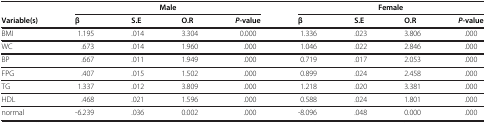
<table><thead><tr><td><b> </b></td><td colspan="4"><b>Male</b></td><td colspan="4"><b>Female</b></td></tr><tr><td><b>Variable(s)</b></td><td><b>β</b></td><td><b>S.E</b></td><td><b>O.R</b></td><td><b><i>P</i>-value</b></td><td><b>β</b></td><td><b>S.E</b></td><td><b>O.R</b></td><td><b><i>P</i>-value</b></td></tr></thead><tbody><tr><td>BMI</td><td>1.195</td><td>.014</td><td>3.304</td><td>0.000</td><td>1.336</td><td>.023</td><td>3.806</td><td>.000</td></tr><tr><td>WC</td><td>.673</td><td>.014</td><td>1.960</td><td>.000</td><td>1.046</td><td>.022</td><td>2.846</td><td>.000</td></tr><tr><td>BP</td><td>.667</td><td>.011</td><td>1.949</td><td>.000</td><td>0.719</td><td>.017</td><td>2.053</td><td>.000</td></tr><tr><td>FPG</td><td>.407</td><td>.015</td><td>1.502</td><td>.000</td><td>0.899</td><td>.024</td><td>2.458</td><td>.000</td></tr><tr><td>TG</td><td>1.337</td><td>.012</td><td>3.809</td><td>.000</td><td>1.218</td><td>.020</td><td>3.381</td><td>.000</td></tr><tr><td>HDL</td><td>.468</td><td>.021</td><td>1.596</td><td>.000</td><td>0.588</td><td>.024</td><td>1.801</td><td>.000</td></tr><tr><td>normal</td><td>-6.239</td><td>.036</td><td>0.002</td><td>.000</td><td>-8.096</td><td>.048</td><td>0.000</td><td>.000</td></tr></tbody></table>